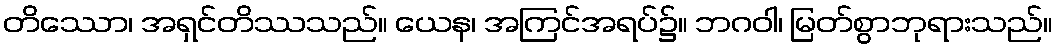
တိဿော၊ အရှင်တိဿသည်။ ယေန၊ အကြင်အရပ်၌။ ဘဂဝါ၊ မြတ်စွာဘုရားသည်။